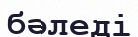
бәледі